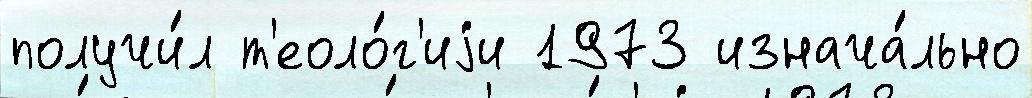
получи́л т'еоло́г'иjи 1973 изнача́льно